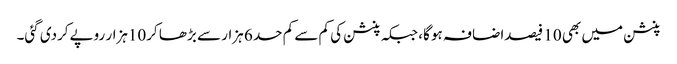
پنشن میں بھی 10 فیصداضافہ ہو گا، جبکہ پنشن کی کم سے کم حد 6 ہزار سے بڑھا کر10ہزار روپےکردی گئی۔